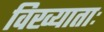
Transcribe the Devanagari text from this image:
विख्याताः